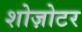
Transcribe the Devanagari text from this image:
शोज़ोटर